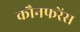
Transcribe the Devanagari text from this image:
कौनफरेंस